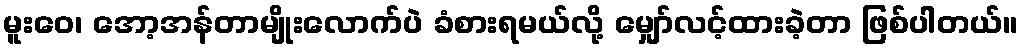
မူးဝေ၊ အော့အန်တာမျိုးလောက်ပဲ ခံစားရမယ်လို့ မျှော်လင့်ထားခဲ့တာ ဖြစ်ပါတယ်။